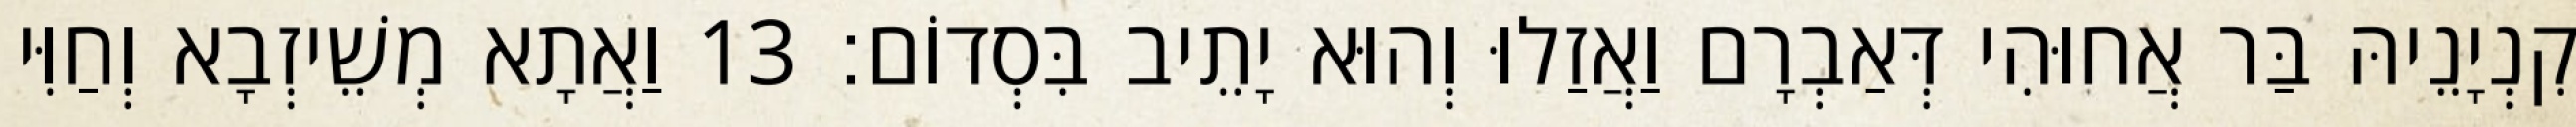
קִנְיָנֵיהּ בַּר אֲחוּהִי דְּאַבְרָם וַאֲזַלוּ וְהוּא יָתֵיב בִּסְדוֹם׃ 13 וַאֲתָא מְשֵׁיזְבָא וְחַוִּי